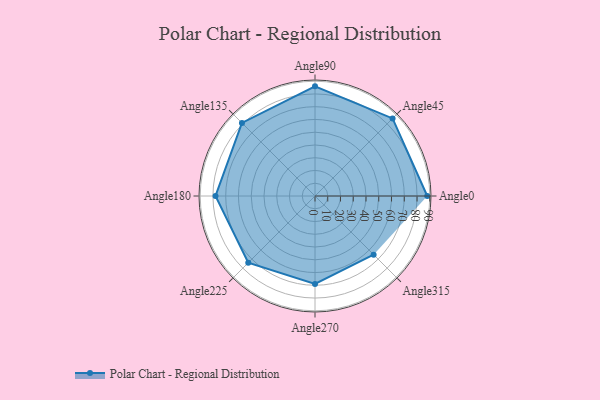
{"axis": {"x": "Angle", "y": "Radius"}, "legend": [""], "data": [{"x": "Angle0", "y": 88.0, "type": ""}, {"x": "Angle45", "y": 86.0, "type": ""}, {"x": "Angle90", "y": 86.0, "type": ""}, {"x": "Angle135", "y": 81.0, "type": ""}, {"x": "Angle180", "y": 78.0, "type": ""}, {"x": "Angle225", "y": 74.0, "type": ""}, {"x": "Angle270", "y": 69.0, "type": ""}, {"x": "Angle315", "y": 65.0, "type": ""}]}